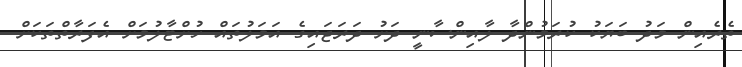
ތެރެއިން މަދު ބަޔަކު ކުރަމުންދާ ލާއިންސާނީ ދަށު ދަރަޖައިގެ އަމަލުތައް ހުށްޓާލުމަށް އެފަރާތްތަކަށް